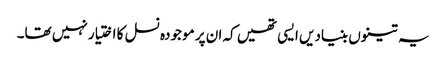
یہ تینوں بنیادیں ایسی تھیں کہ ان پر موجودہ نسل کا اختیار نہیں تھا۔